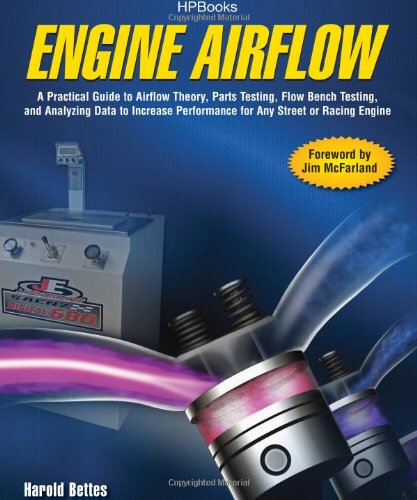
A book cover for Engine Airflow HP1537: A Practical Guide to Airflow Theory, Parts Testing, Flow Bench Testing and Analy zing Data to Increase Performance for Any Street or Racing Engine; Harold Bettes; Engineering & Transportation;